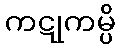
ကဋုကမ္ပိ